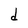
Character: d